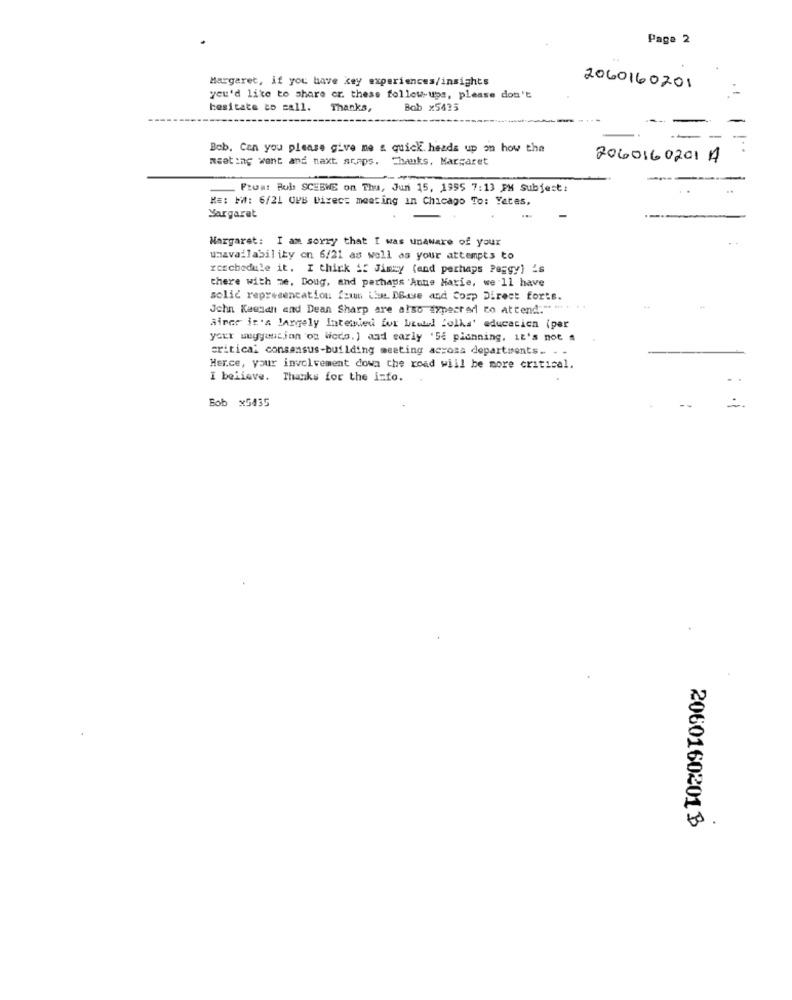
Page 2
Margaret, if you have key experiences/insights
2060160201
you'd like to share er. these follow-ups, please don't
hesitate to call.
Thanks,
Bob x5425
Bob. Can you please give me a quick. heads up on how the
1 ..
meeting want and naxt. acaps. Thanks, Margaret
2060160201 A
Frost Bol SCEBWE on Thu, Jun 15, 1995 7:13 PM Subject:
KE: MM: 6/21 OWB Dixec: meeting in Chicago To: Yates,
Margaret
Margaret: I am sorry that I was unaware of your
unavailability on 6/21 as well as your attempts to
rcschedule it. I think if Jimzy (and perhaps Peggy) 's
there with me, Doug, and perhaps Anne Marie, we'll have
solic representation fzum ibm DBase and Corp Direct forts.
John Kaendh and Dean Sharp are also expected to attend:"". ..
Ainer it's largely Intewied for bcell folks' education (per
your muyyoucjon on wcdo. ) and early 'Se planning, It's not a
critical consensus-building meeting across departments. - -
Herce, your involvement down the road will be more critical.
I believe. Thanks for the info.
Bob x5435
2060160201 B